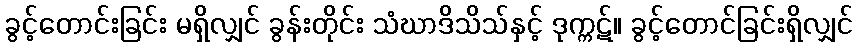
ခွင့်တောင်းခြင်း မရှိလျှင် ခွန်းတိုင်း သံဃာဒိသိသ်နှင့် ဒုက္ကဋ်။ ခွင့်တောင်ခြင်းရှိလျှင်